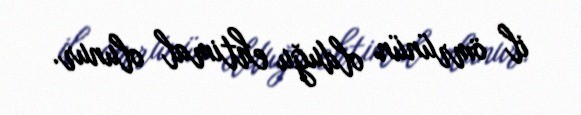
il ömrünün olduğu ehtimal olunur.